Report on metropolitan horse fairs and district horse shows of 1891-92 - 1891-1892
Year: 1891
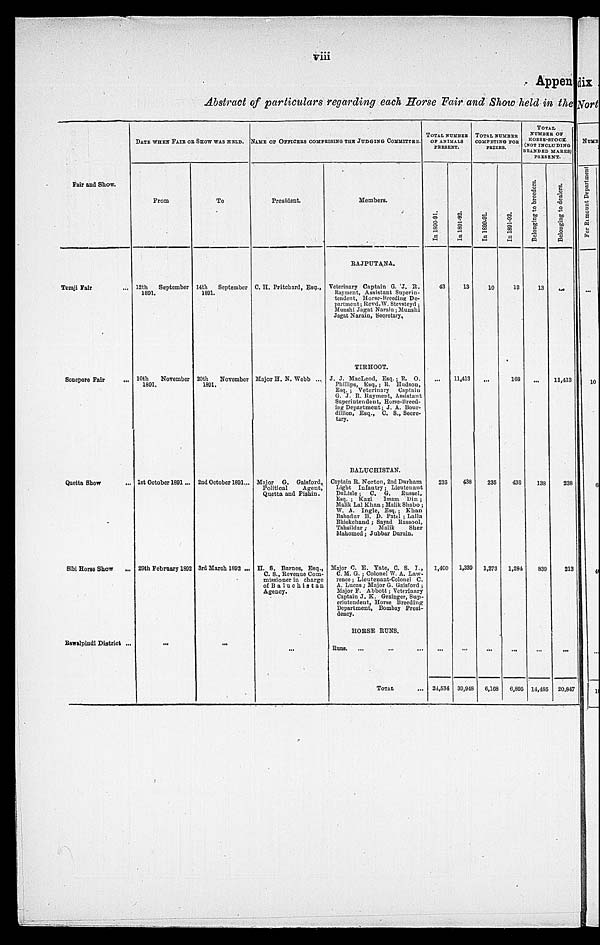
viii
Abstract of particulars regarding each Horse Fair and Show held in the
Fair and Show.
Tezaji Fair ...
Sonepore Fair
...
Quetta Show
...
Sibi Horse Show ...
Rawalpindi District ...
DATE WHEN FAIR OR SHOW WAS HELD.
From
12th
September
1891.
10th
November
1891.
1st October 1891 ...
29th February 1892
...
To
14th
September
1891.
20th
November
1891.
2nd October 1891...
3rd March 1892 ...
...
NAME OF OFFICERS COMPRISING THE JUDGING COMMITEE.
President.
C. H. Pritchard, Esq.,
Major H. N. Webb ...
Major
G.
Gaisford,
Political
Agent,
Quetta and Pishin.
H. S. Barnes, Esq.,
C. S., Revenue Com-
missioner in charge
of Baluchistan
Agency.
...
Members.
RAJPUTANA.
Veterinary Captain G. J. R.
Rayment, Assistant Superin-
tendent, Horse-Breeding De-
partment ; Revd. W. Stevsteyd ;
Munshi Jagat Narain ; Munshi
Jagat Narain, Secretary,
TIRHOOT.
J. J. MacLeod, Esq. ; R. O.
Phillips, Esq. ; R. Hudson,
Esq. ; Veterinary
Captain
G. J. R. Rayment, Assistant
Superintendent, Horse-Breed-
ing Department ; J. A. Bour-
dillion, Esq., C. S., Secre-
tary.
BALUCHISTAN.
Captain R. Norton, 2nd Durham
Light Infantry ; Lieutenant
DeLisle ;
C. G.
Russel,
Esq.; Kazi
Imam
Din ;
Malik Lal Khan ; Malik Shabo ;
W. A. Ingle, Esq.; Khan
Bahadur B. D. Patel ; Lalla
Bhickchand ; Sayad Rassool,
Tahsildar ;
Malik
Sher
Mahomed ; Jubbar Durain.
Major C. E. Yate, C. S. I.,
C. M. G. ; Colonel W. A. Law-
rence ; Lieutenant-Colonel C.
A. Lucas ; Major G. Gaisford ;
Major F. Abbott ; Veterinary
Captain J. K. Grainger, Sup-
erintendent, Horse Breeding
Department, Bombay Presi-
dency.
HORSE RUNS.
Runs.
...
...
...
TOTAL ...
TOTAL NUMBER
OF ANIMALS
PRESENT.
In 1890-91.
43
...
235
1,400
...
24,534
In 1891-92.
13
11,413
438
1,339
...
39,948
TOTAL NUMBER
COMPETING FOR
PRIZES.
In 1890-91.
10
...
235
1,273
...
6,168
In 1891-92.
12
168
438
1,284
...
6,895
TOTAL
NUMBER OF
HORSE-STOCK
(NOT INCLUDING
BRANDED MARES)
PRESENT.
Belonging to breeders.
13
...
138
839
...
14,485
Belonging to dealers.
...
11,413
238
213
...
20,847